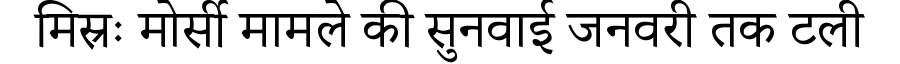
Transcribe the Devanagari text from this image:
मिस्रः मोर्सी मामले की सुनवाई जनवरी तक टली